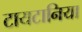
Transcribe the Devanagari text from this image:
टायटानिया